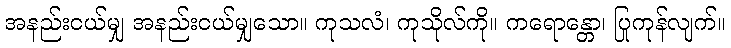
အနည်းငယ်မျှ အနည်းငယ်မျှသော။ ကုသလံ၊ ကုသိုလ်ကို။ ကရောန္တော၊ ပြုကုန်လျက်။